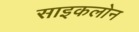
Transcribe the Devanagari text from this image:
साइकलोन